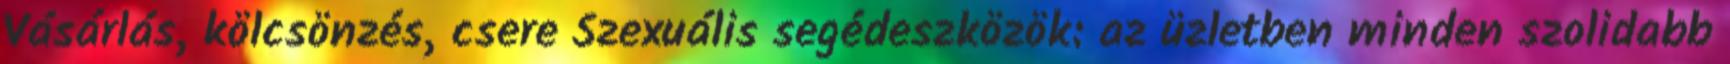
Vásárlás, kölcsönzés, csere Szexuális segédeszközök: az üzletben minden szolidabb